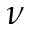
\nu